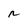
Character: n